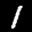
Label: 1